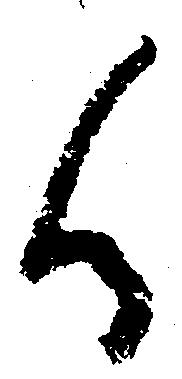
候